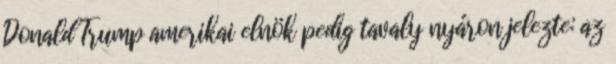
Donald Trump amerikai elnök pedig tavaly nyáron jelezte: az